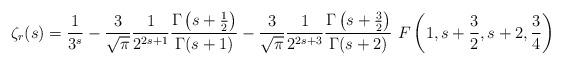
LaTeX: \begin{align*}\zeta_r(s) = {{1} \over {3^{s}}} - {{3} \over {\sqrt{\pi}}} {{1} \over {2^{2s+1}}} {{\Gamma \left(s + {{1} \over {2}}\right)} \over {\Gamma(s + 1)}}- {{3} \over {\sqrt{\pi}}} {{1} \over {2^{2s+3}}} {{\Gamma \left(s + {{3} \over {2}}\right)} \over {\Gamma(s + 2)}} \ F\left(1, s + {{3} \over {2}}, s + 2, {{3} \over {4}}\right)\end{align*}